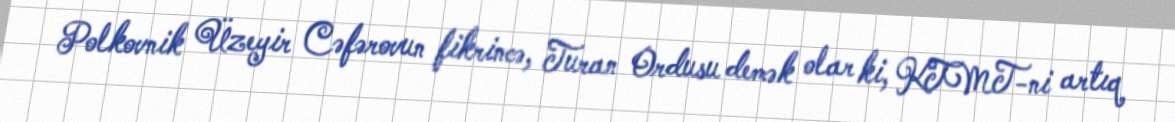
Polkovnik Üzeyir Cəfərovun fikrincə, Turan Ordusu demək olar ki, KTMT-ni artıq